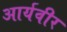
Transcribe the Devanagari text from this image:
आर्यवीर